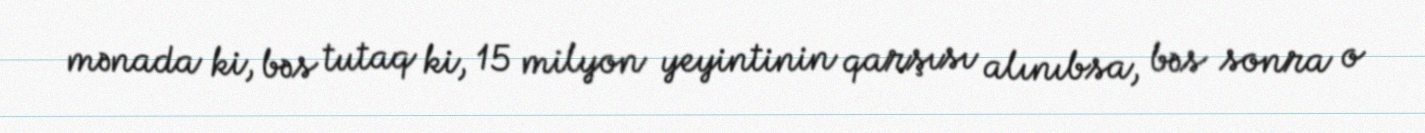
mənada ki, bəs tutaq ki, 15 milyon yeyintinin qarşısı alınıbsa, bəs sonra o